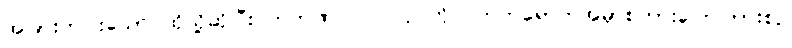
အခြားတပါးသော ထိုသို့ဆိုပြီး ကဘဏ် ပါဝင်လုပ်ကိုင် တက်ရောက်အမှာစကားပြောကြားစဉ်